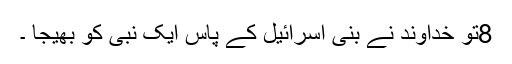
8تو خُداوند نے بنی اِسرائیل کے پاس ایک نبی کو بھیجا ۔